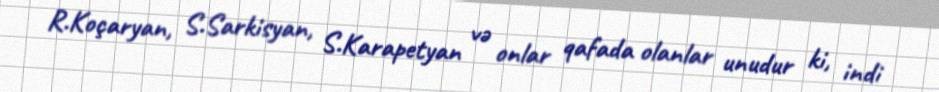
R.Koçaryan, S.Sarkisyan, S.Karapetyan və onlar qafada olanlar unudur ki, indi